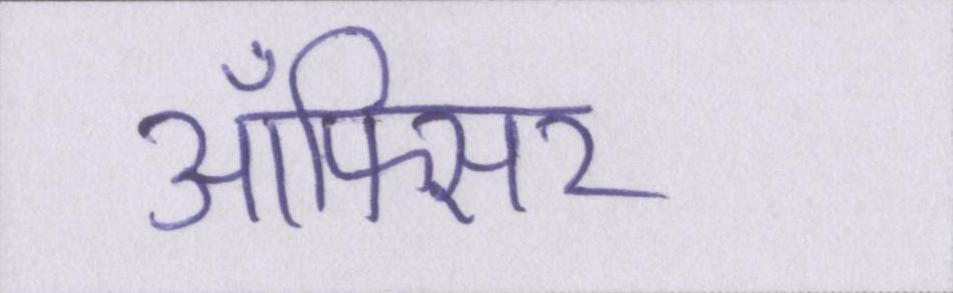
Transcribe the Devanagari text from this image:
ऑफिसर